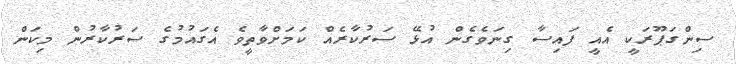
ސިންގަޕޫރަކީ އެއީ ފައިސާ ގިނަވެގެން އުޅޭ ސަރުކާރެއް ކަމަށްވާތީވެ އެގައުމުގެ ސަރުކާރުން މިކަން